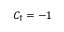
C _ { \uparrow } = - 1